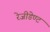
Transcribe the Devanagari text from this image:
रेजीडेण्ट